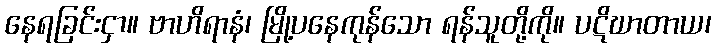
နေရခြင်းငှာ။ ဗာဟိရာနံ၊ မြို့ပနေကုန်သော ရန်သူတို့ကို။ ပဋိဃာတာယ၊